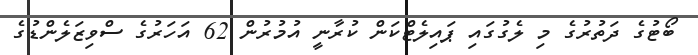
ބޯޓުގެ ދަތުރުގެ މި ލެގުގައި ޕައިލެޓްކަން ކުރާނީ އުމުރުން 62 އަހަރުގެ ސްވިޒަލެންޑުގެ